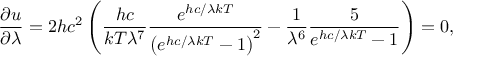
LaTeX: { \frac { \partial u } { \partial \lambda } } = 2 h c ^ { 2 } \left( { \frac { h c } { k T \lambda ^ { 7 } } } { \frac { e ^ { h c / \lambda k T } } { \left( e ^ { h c / \lambda k T } - 1 \right) ^ { 2 } } } - { \frac { 1 } { \lambda ^ { 6 } } } { \frac { 5 } { e ^ { h c / \lambda k T } - 1 } } \right) = 0 ,